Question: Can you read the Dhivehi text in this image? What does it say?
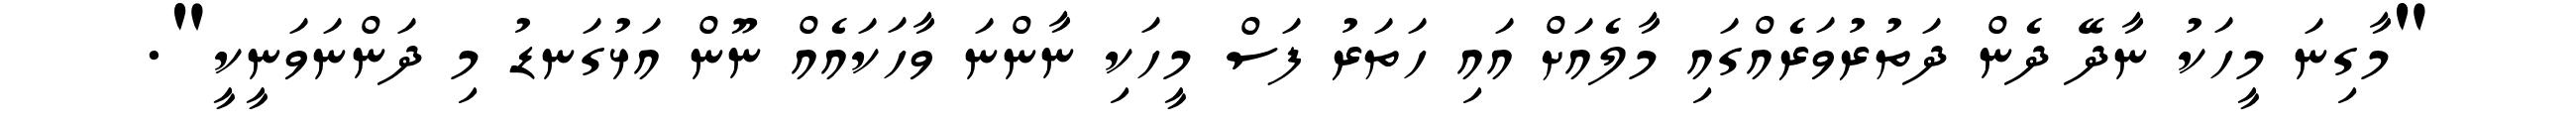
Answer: "މާގިނަ މީހަކު ނާދޭ ދެން ދަތުރުވަރެއްގައި މާލެއަށް އައި ހަތަރު ފަސް މީހަކި ނާންނަ ވާހަކައެއް ނޫން އަޅުގަނޑު މި ދަންނަވަނީކީ".